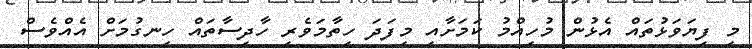
މި ފިޔަވަޅުތައް އެޅުން މުހިއްމު ކަމަށާއި މިފަދަ ހިތާމަވެރި ހާދިސާތައް ހިނގުމަށް އެއްވެސް